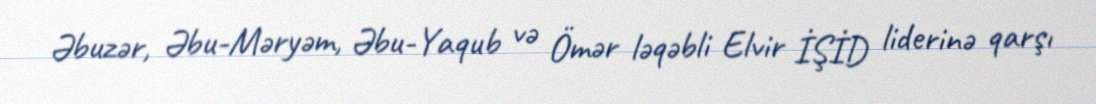
Əbuzər, Əbu-Məryəm, Əbu-Yaqub və Ömər ləqəbli Elvir İŞİD liderinə qarşı